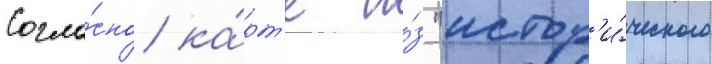
Согла́сно ка́рт'е и́з "истор'и́ческого